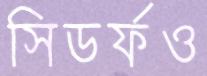
সিডর্ফও